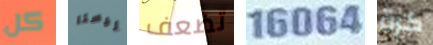
كل ليستا تضعف 16064 كرة